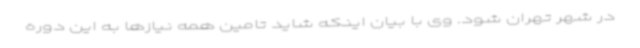
در شهر تهران شود. وی با بیان اینکه شاید تامین همه نیازها به این دوره